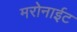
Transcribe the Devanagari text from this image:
मरोनाईट